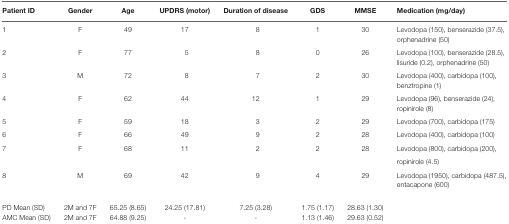
| Patient ID | Gender | Age | UPDRS (motor) | Duration of disease | GDS | MMSE | Medication (mg/day) |
 | --- | --- | --- | --- | --- | --- | --- | --- |
 | 1 | F | 49 | 17 | 8 | 1 | 30 | Levodopa (150), benserazide (37.5), orphenadrine (50) |
 | 2 | F | 77 | 5 | 8 | 0 | 26 | Levodopa (100), benserazide (28.5), lisuride (0.2), orphenadrine (50) |
 | 3 | M | 72 | 8 | 7 | 2 | 30 | Levodopa (400), carbidopa (100), benztropine (1) |
 | 4 | F | 62 | 44 | 12 | 1 | 29 | Levodopa (96), benserazide (24), ropinirole (8) |
 | 5 | F | 59 | 18 | 3 | 2 | 29 | Levodopa (700), carbidopa (175) |
 | 6 | F | 66 | 49 | 9 | 2 | 28 | Levodopa (400), carbidopa (100) |
 | 7 | F | 68 | 11 | 2 | 2 | 28 | Levodopa (800), carbidopa (200), ropinirole (4.5) |
 | 8 | M | 69 | 42 | 9 | 4 | 29 | Levodopa (1950), carbidopa (487.5), entacapone (600) |
 | PD Mean (SD) | 2M and 7F | 65.25 (8.65) | 24.25 (17.81) | 7.25 (3.28) | 1.75 (1.17) | 28.63 (1.30) |  |
 | AMC Mean (SD) | 2M and 7F | 64.88 (9.25) | - | - | 1.13 (1.46) | 29.63 (0.52) |  |